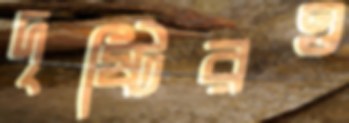
দৃষ্টিরও